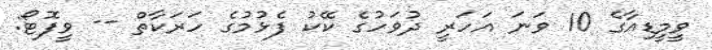
ވީމީޑިއާގެ 10 ވަނަ އަހަރީ ދުވަހުގެ ކޭކު ފެޅުމުގެ ހަރަކާތް -- ވީފޮޓޯ: